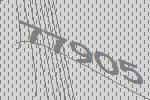
77905